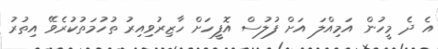
އެ ދެ މީހުން އަމިއްލަ އަށް ފުލުސް އޮފީހަށް ހާޒިރުވިިއިރު ތުހުމަތުކުރެވޭ އިތުރު